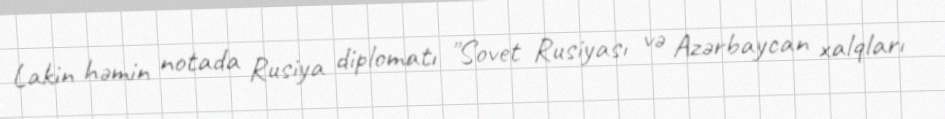
Lakin həmin notada Rusiya diplomatı "Sovet Rusiyası və Azərbaycan xalqları